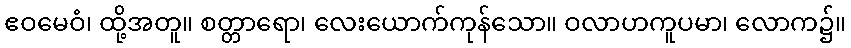
ဧဝမေဝံ၊ ထို့အတူ။ စတ္တာရော၊ လေးယောက်ကုန်သော။ ဝလာဟကူပမာ၊ လောက၌။